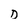
Character: D